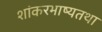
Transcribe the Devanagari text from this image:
शांकरभाष्यतथा